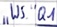
Text: "WS".Q1